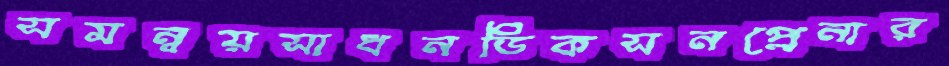
সমন্বয়সাধনডিকসনপ্লেনার